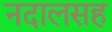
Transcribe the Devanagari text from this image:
नदालसह